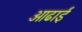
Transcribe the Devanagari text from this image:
आढाई